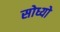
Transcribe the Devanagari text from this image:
सोध्यो